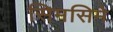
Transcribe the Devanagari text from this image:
सिमसिमे